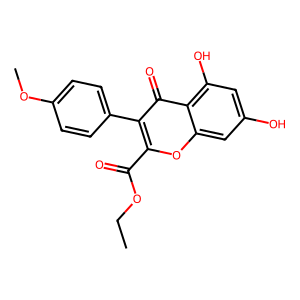
SMILES: CCOC(=O)c1oc2cc(O)cc(O)c2c(=O)c1-c1ccc(OC)cc1
Inhibits HIV replication: No